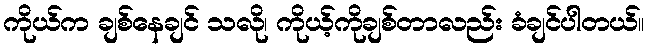
ကိုယ်က ချစ်နေချင် သလို၊ ကိုယ့်ကိုချစ်တာလည်း ခံချင်ပါတယ်။